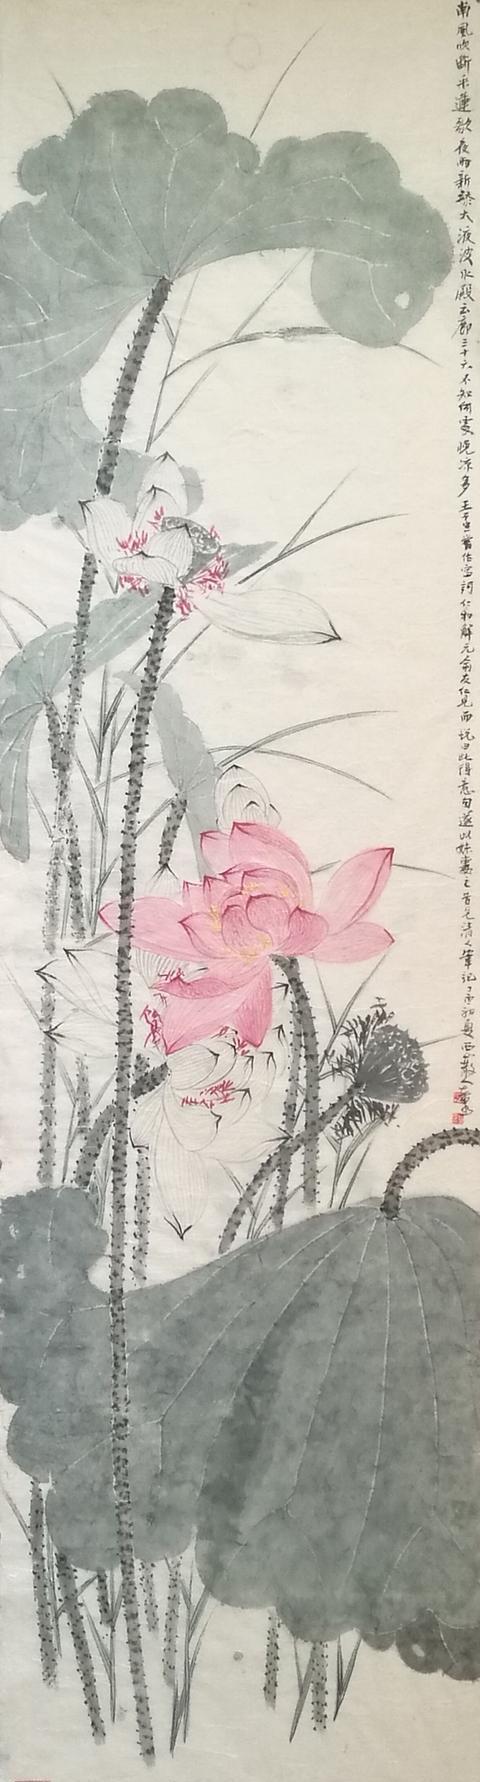
佳人彩云里，欲赠隔远天。